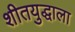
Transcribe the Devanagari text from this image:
शीतयुद्धाला